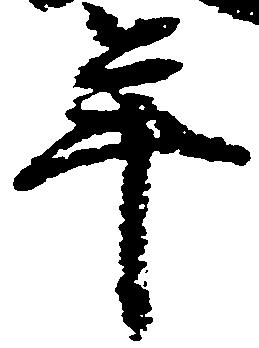
年